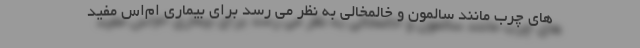
های چرب مانند سالمون و خالمخالی به نظر می رسد برای بیماری ام‌اس مفید